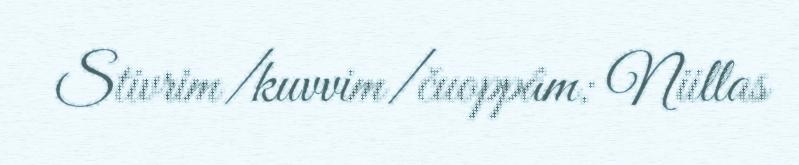
Stivrim/kuvvim/čuoppâm: Niillas